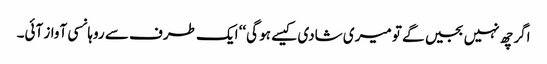
اگر چھ نہیں بجیں گے تو میری شادی کیسے ہو گی‘‘ ایک طرف سے روہانسی آواز آئی۔